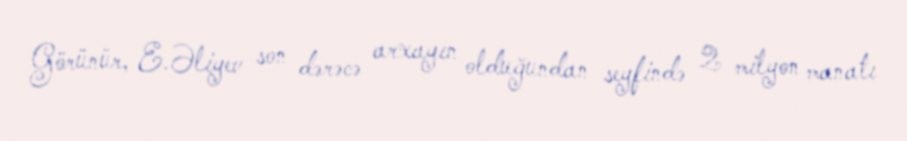
Görünür, E.Əliyev son dərəcə arxayın olduğundan seyfində 2 milyon manatı